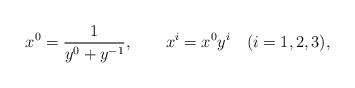
\begin{align*} x^0 = \frac1{y^0 + y^{-1}}, \qquad x^i = x^0 y^i \quad (i=1,2,3),\end{align*}